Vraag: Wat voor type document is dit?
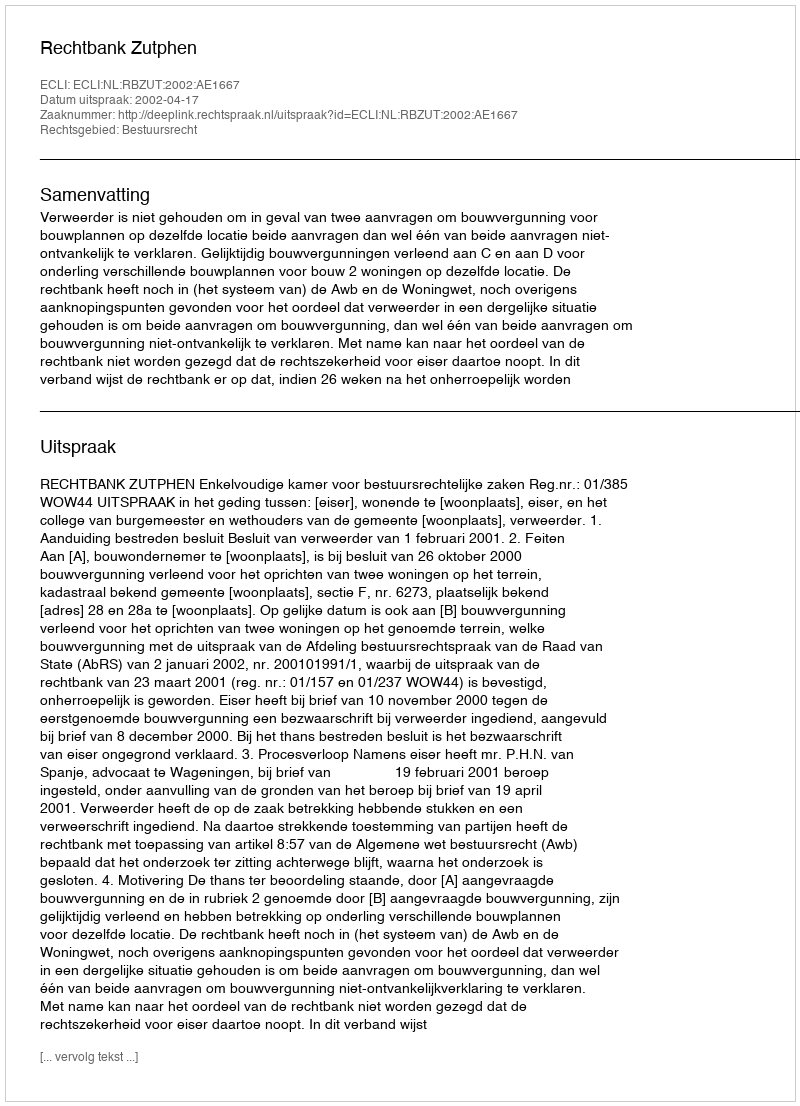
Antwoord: Uitspraak